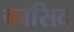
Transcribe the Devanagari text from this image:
कासिद